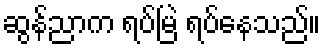
ဆွန်ညာက ရပ်မြဲ ရပ်နေသည်။